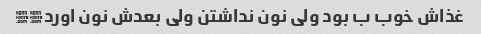
غذاش خوب ب بود ولی نون نداشتن ولی بعدش نون اورد∆∆